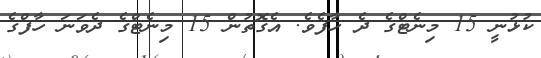
ކުޅުނީ 15 މިނެޓްގެ ދެ ހާފެވެ. އެގޮތުން 15 މިނެޓްގެ ދެވަނަ ހާފްގެ